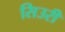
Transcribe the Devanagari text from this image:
सिउरी